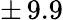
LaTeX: \pm\, 9.9